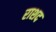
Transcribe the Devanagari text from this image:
राशद